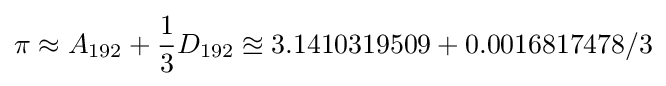
\pi \approx A_{192}+{\frac {1}{3}}D_{192}\approxeq 3.1410319509+0.0016817478/3